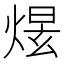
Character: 𤋉